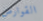
القوارض